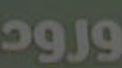
ورود